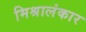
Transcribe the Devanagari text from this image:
मिश्रालंकार